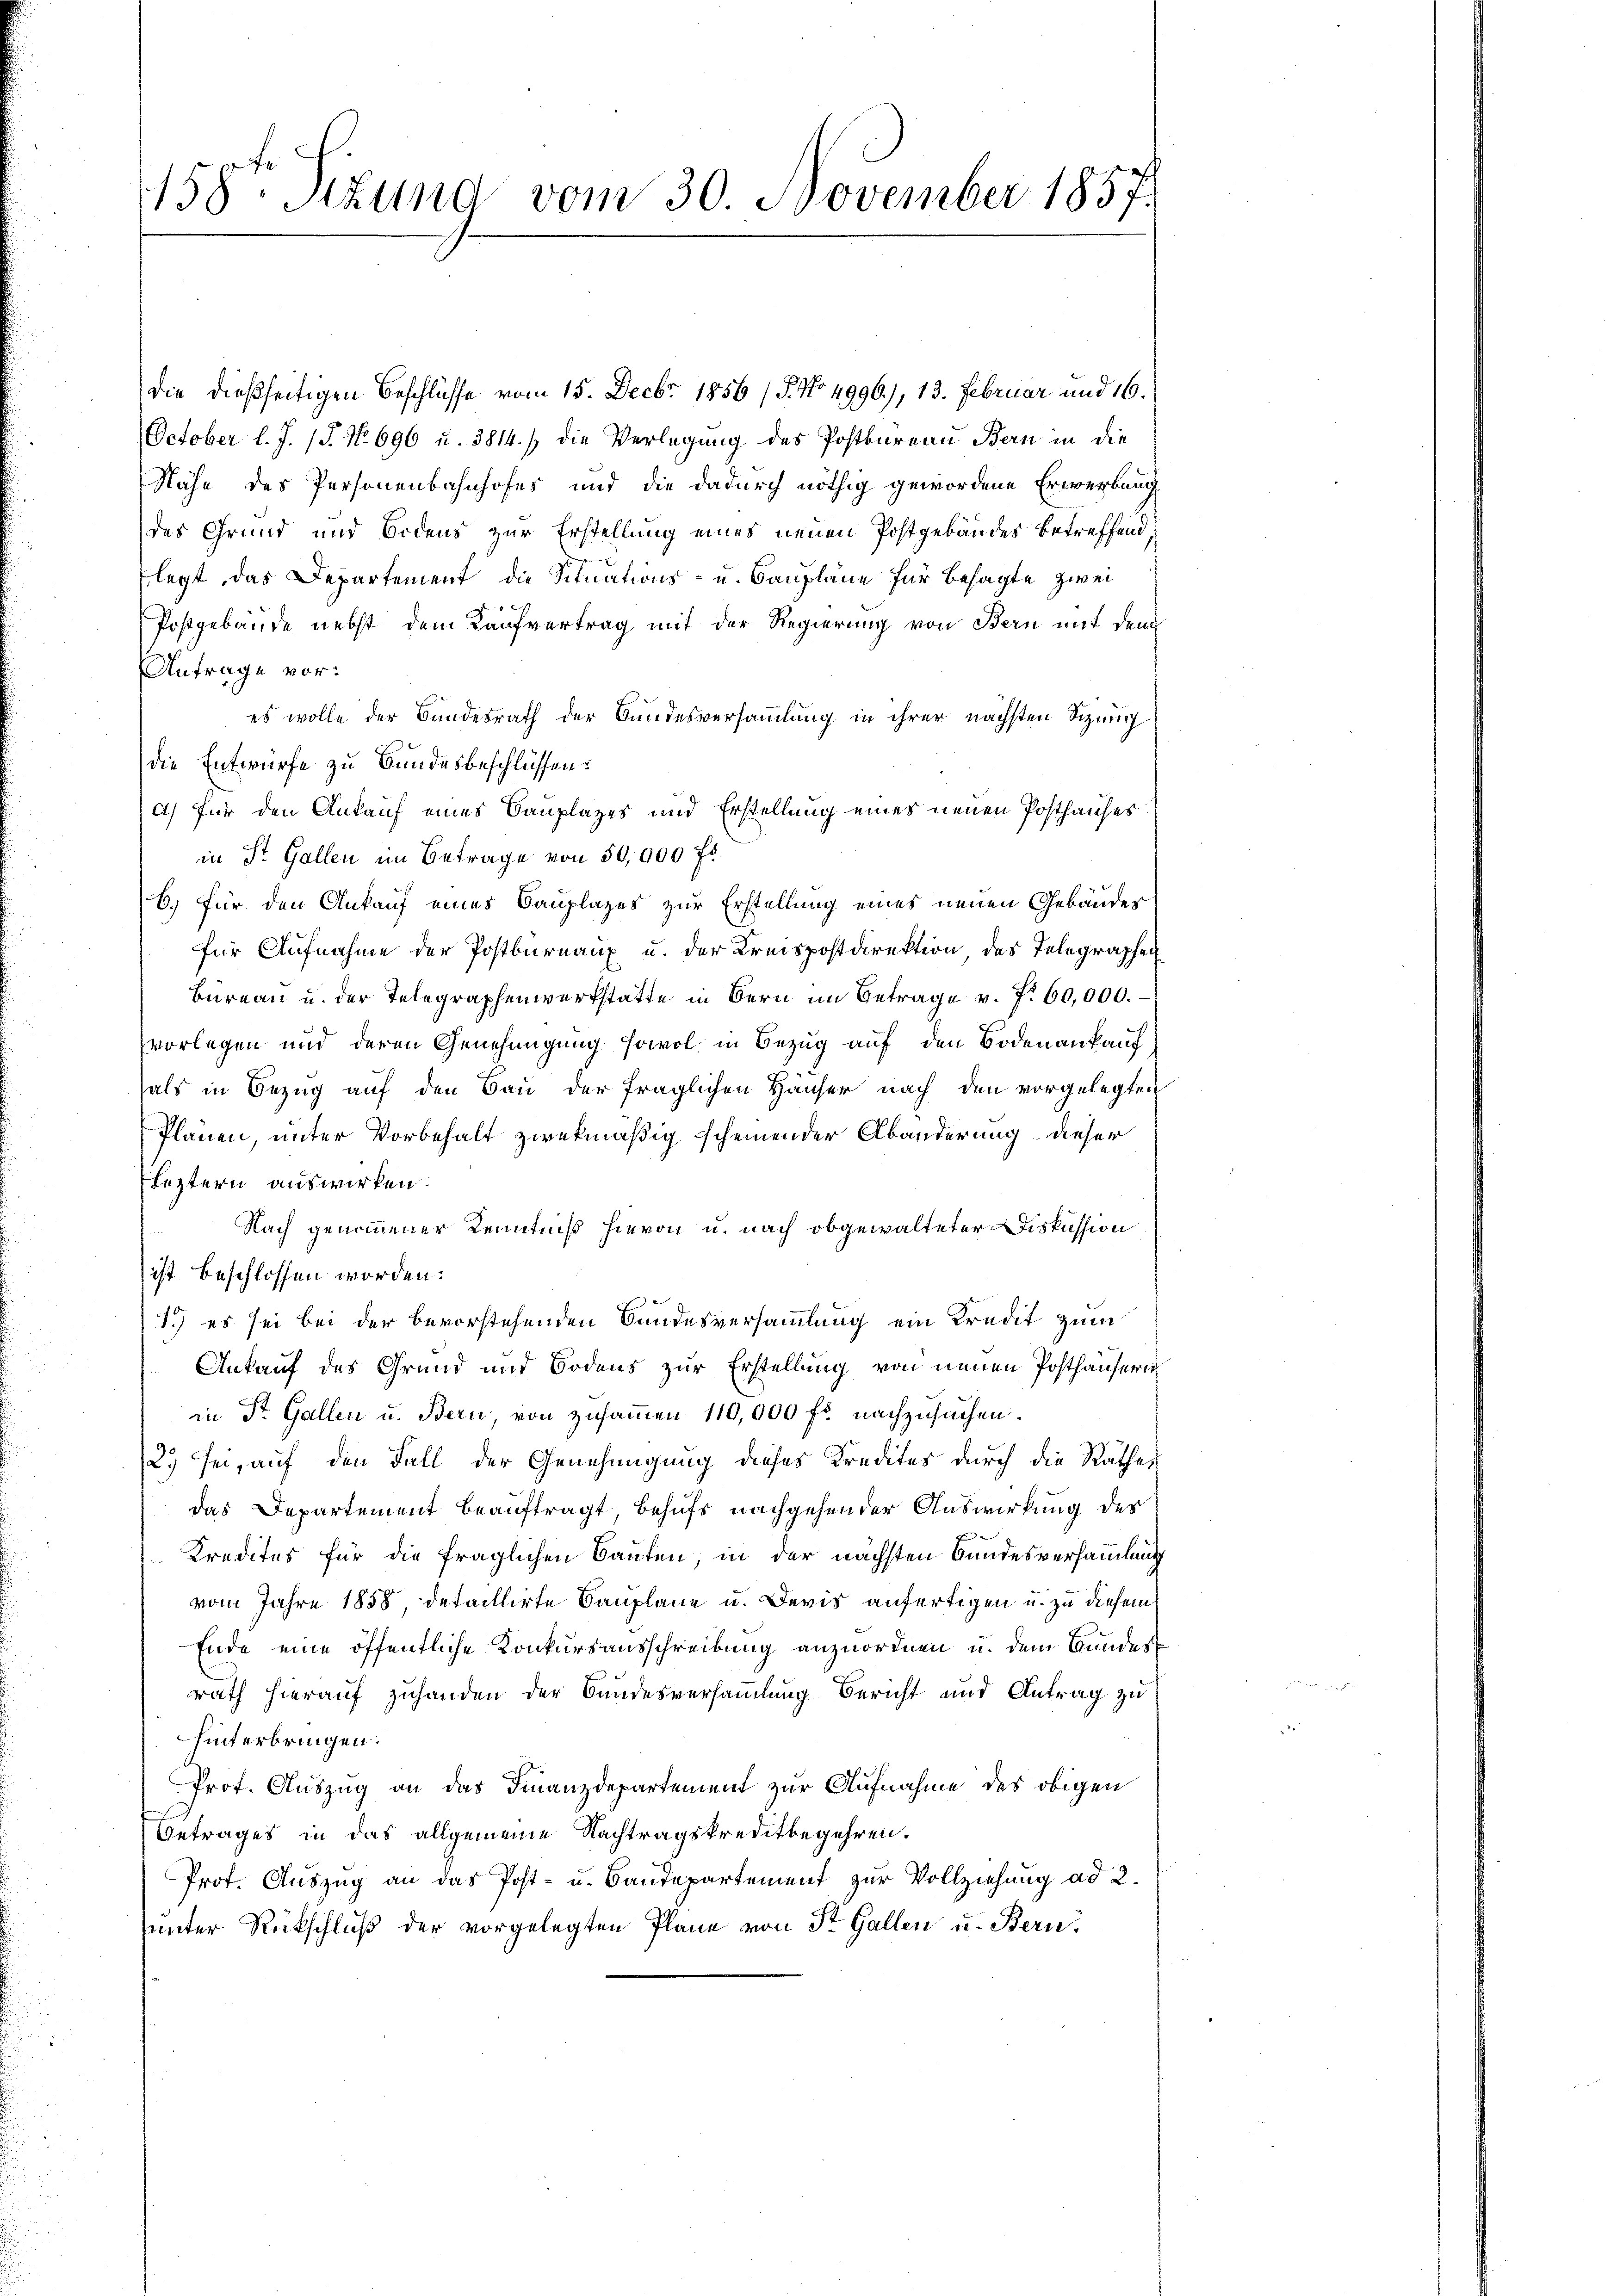
158ten Sitzung vom 30. November 1857.

die dießseitigen Beschlüsse vom 15. Decbr. 1856 /P. No 4996), 13. Februar und 16.
October l. J. (T. No. 696 u. 3814.) die Verlegung des Postbureau Bern in die
Nähe des Personenbahnhofes und die dadurch nöthig gewordene Erwerbung
des Grund und Bodens zur Erstellung eines neuen Postgebäudes betreffend,
legt, das Departement die Situations- u. Baupläne für besagte zwei
 x
Postgebäude nebst dem Kaufvertrag mit der Regierung von Bern mit dem
Anfrage vor:
es wolle der Bundesrath der Bundesversammlung in ihrer nächsten Sizung
die Entwurfe zu Bundesbeschlüssens
a) für den Ankauf eines Bauplazes und Erstellung eines neuen Posthauses
in St. Gallen im Betrage von 50,000 fr
6.) Für den Ankauf eines Bauplazes zur Erstellung eines neuen Gebäudes
für Aufnahme der Postburnaux u. der Kreispostdirektion des Telegraphen
Bureau u. der Telegraphenwerkstatte in Bern im Betrage v. 7. 60,000.
vorlegen und deren Genehmigung sowol in Bezug auf den Bodenankauf
als in Bezug auf den Bau der fraglichen Häuser nach den vorgelegten
Plänen, unter Vorbehalt zwekmäßig scheinender Abänderung dieser
Fleztern auswirken.
Nach genommener Kenntniß hievon u. nach obgewalteter Diskussion
ist beschlossen worden:
1.) es sei bei der bevorstehenden Bundesversammlung ein Kredit zum
Ankauf des Grund und Bodens zur Erstellung von neuen Posthäusern
in St. Gallen u. Bern, von zusammen 110,000 fr. nachzusuchen.
2.) sei, auf den Fall der Genehmigung dieses Kredites durch die Räthe,
das Departement beauftragt, behufs nachgehender Auswirkung des
Kredites für die fraglichen Bauten, in der nächsten Bundesversammlung
vom Jahre 1858, detaillirte Bauplane u. Devis anfertigen u. zu diesem
Ende eine öffentliche Konkursausschreibung anzuordnen u. dem Bundes
rath hierauf zuhanden der Bundesversammlung Bericht und Antrag zu
hinterbringen.
Prot. Auszug an das Finanzdepartement zur Aufnahme des obigen
Betrages in das allgemeine Nachtragskreditbegehren.
Prof. Auszug an das Post- u. Baudepartement zur Vollziehung ad 2.
uunter Rückschluß der vorgelegten Pläne von St. Gallen u. Bern,